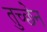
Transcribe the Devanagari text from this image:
तुच्छेन